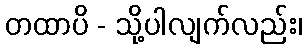
တထာပိ - သို့ပါလျက်လည်း၊